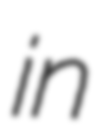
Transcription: in